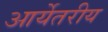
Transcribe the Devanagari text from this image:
आर्येतरीय